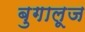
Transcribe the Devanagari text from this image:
बुगालूज